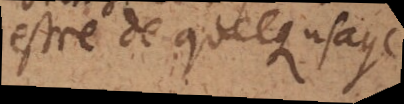
estre de quelque